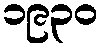
၁၉၃၀